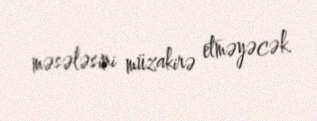
məsələsini müzakirə etməyəcək.